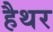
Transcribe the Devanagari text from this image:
हैथर